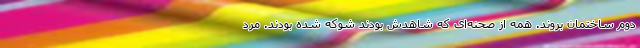
دوم ساختمان بروند. همه از صحنه‌ای که شاهدش بودند شوکه شده بودند. مرد